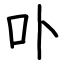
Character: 卟